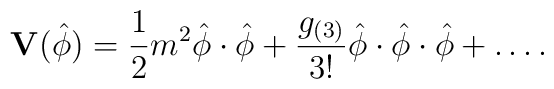
\mathbf{V}(\hat{\phi})=\frac{1}{2}m^2\hat{\phi}\cdot \hat{\phi}+  \frac{g_{(3)}}{3!}\hat{\phi}\cdot \hat{\phi}\cdot \hat{\phi}  +\dots.